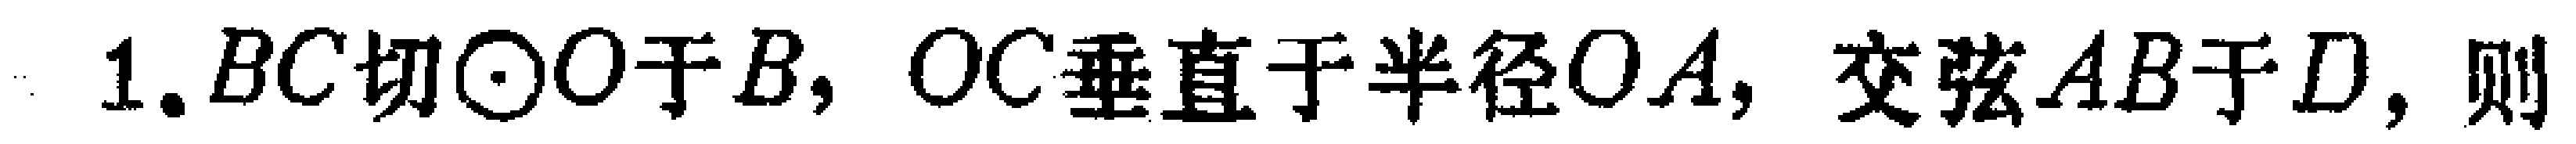
1.$BC$切$\odot O$于$B$，$OC$垂直于半径$OA$，交弦$AB$于$D$，则